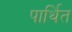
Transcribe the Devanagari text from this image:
पार्थित